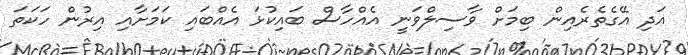
އަދި އޭގެތެރެއިން ބިމަށް ވާސިލްވަނީ އެއްހާސް ބައިކުޅަ އެއްބައި ކަމަށާއި އިރުން ހަކަތަ